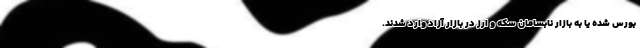
بورس شده یا به بازار نابسامان سکه و ارز در بازار آزاد وارد شدند.